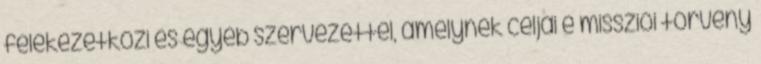
felekezetközi és egyéb szervezettel, amelynek céljai e missziói törvény